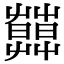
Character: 𦿑